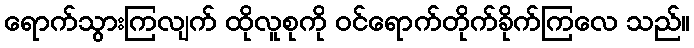
ရောက်သွားကြလျက် ထိုလူစုကို ဝင်ရောက်တိုက်ခိုက်ကြလေ သည်။